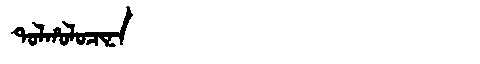
Manchu: ᡨᠣᠯᡥᠣᠯᠣᠴᡳᠨᠠ
Romanization: TOLHOLOCINA